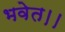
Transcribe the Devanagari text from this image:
भवेत।।